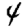
Digit: 4